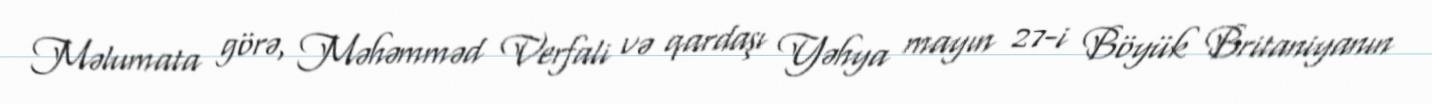
Məlumata görə, Məhəmməd Verfali və qardaşı Yəhya mayın 27-i Böyük Britaniyanın